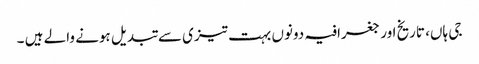
جی ہاں، تاریخ اور جغرافیہ دونوں بہت تیزی سے تبدیل ہونے والے ہیں ۔